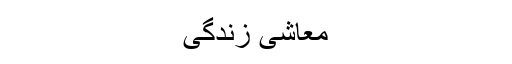
معاشی زندگی